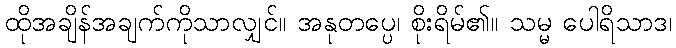
ထိုအချိန်အချက်ကိုသာလျှင်။ အနုတပ္ပေ၊ စိုးရိမ်၏။ သမ္မ ပေါရိသာဒ၊